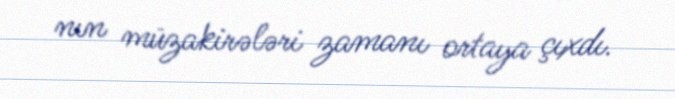
nın müzakirələri zamanı ortaya çıxdı.